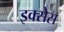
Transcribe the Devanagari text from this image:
इक्सेस